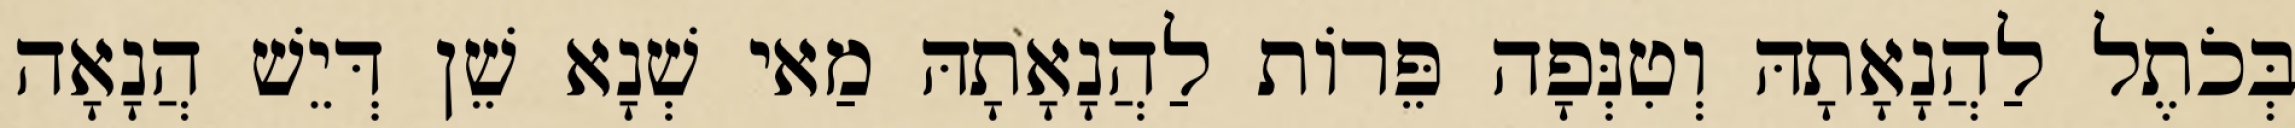
בְּכֹתֶל לַהֲנָאָתָהּ וְטִנְּפָה פֵּרוֹת לַהֲנָאָתָהּ מַאי שְׁנָא שֵׁן דְּיֵשׁ הֲנָאָה